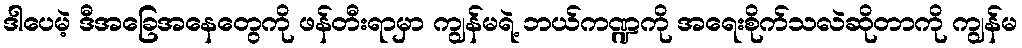
ဒါပေမဲ့ ဒီအခြေအနေတွေကို ဖန်တီးရာမှာ ကျွန်မရဲ့ ဘယ်ကဏ္ဍကို အရေးစိုက်သလဲဆိုတာကို ကျွန်မ